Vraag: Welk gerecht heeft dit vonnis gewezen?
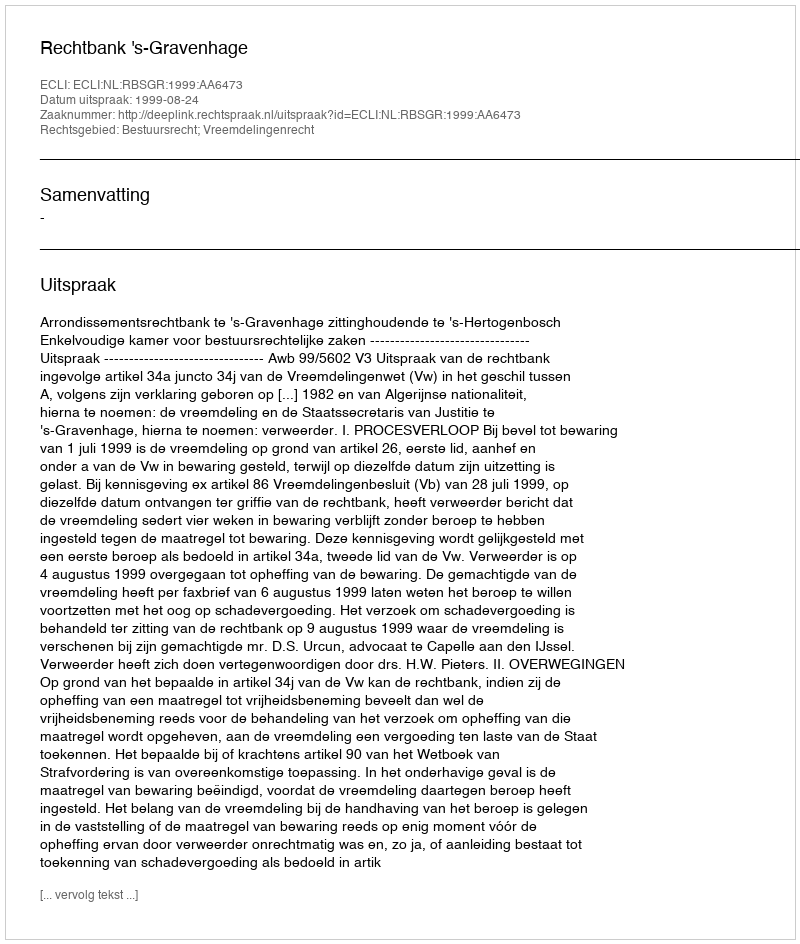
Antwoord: Rechtbank 's-Gravenhage